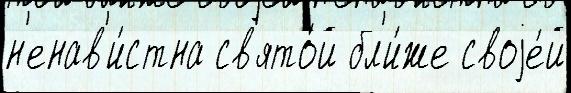
н'енав'и́стна св'ято́й бл'и́же своjе́й